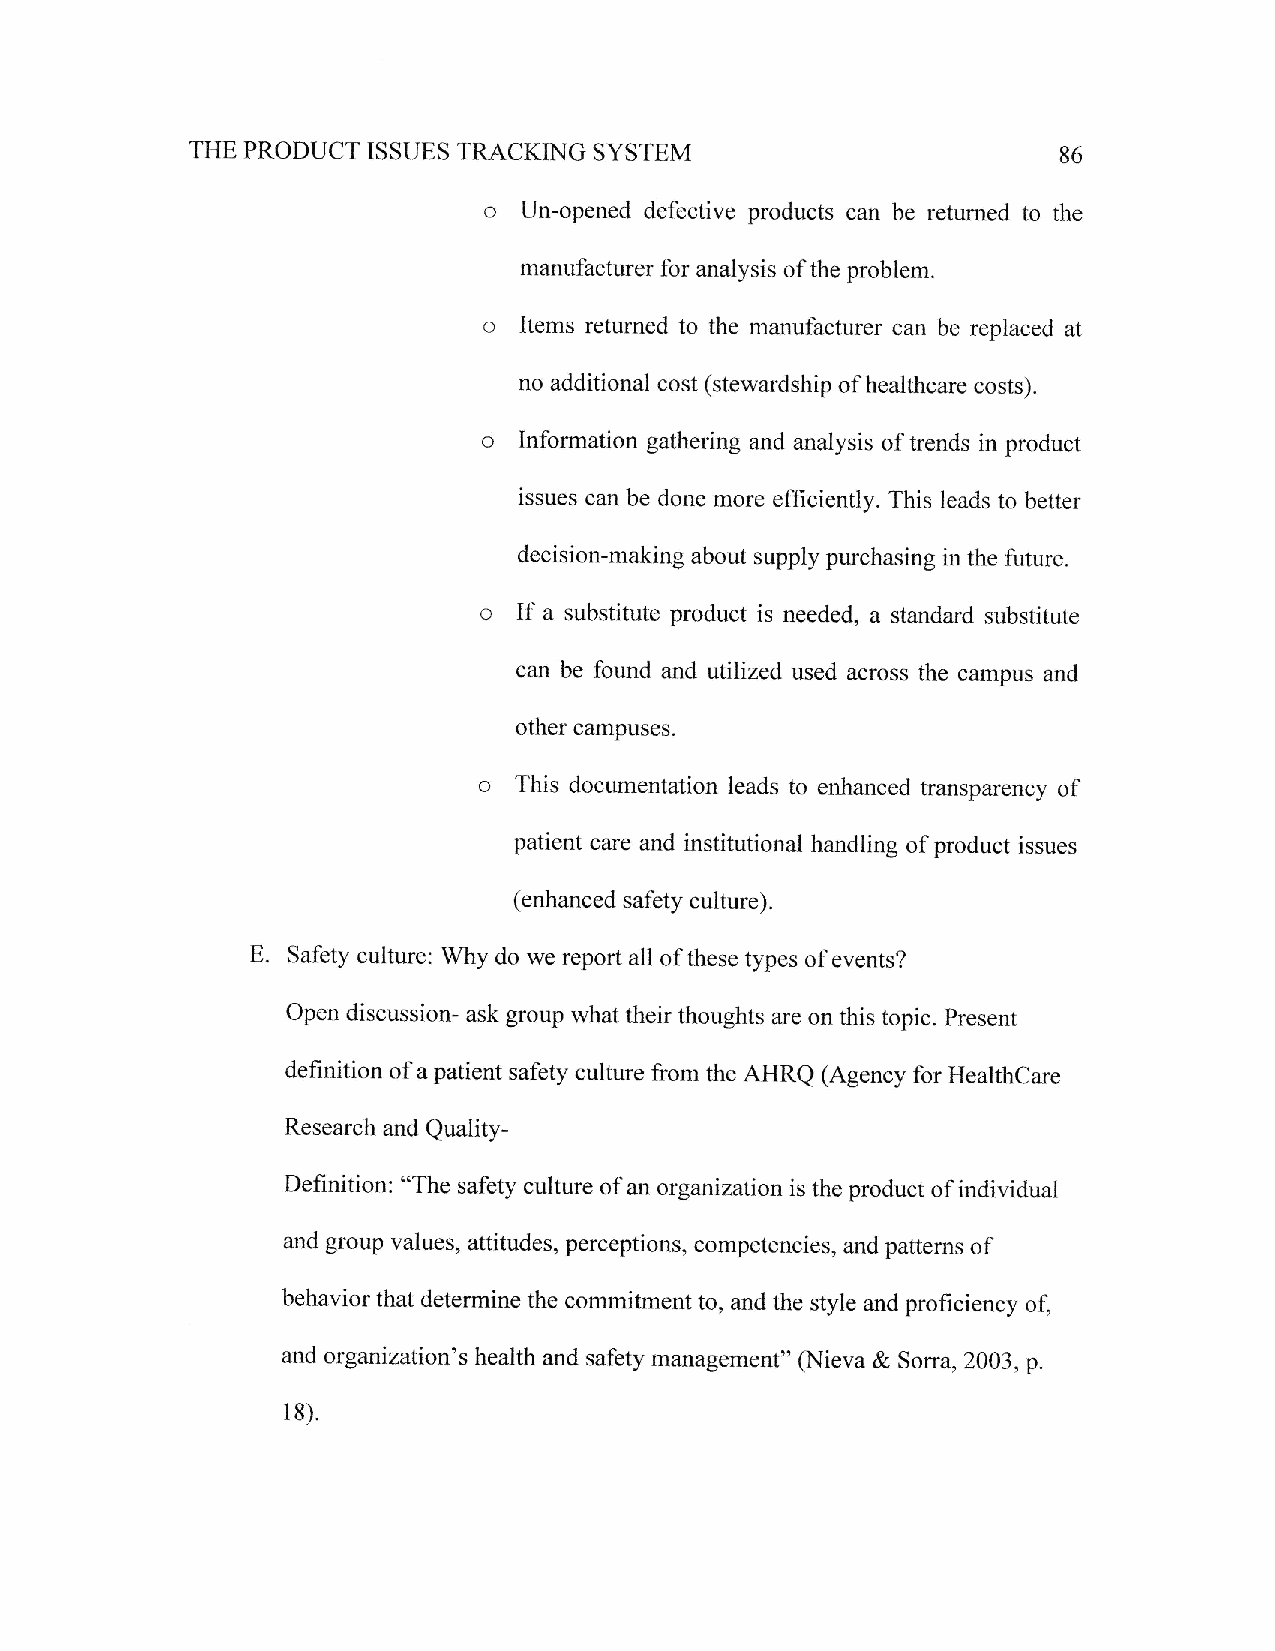
THE PRODUCT ISST]ES TRACKING SYSTEM                      86
 o
 un-opened defective products can be returned to the
 manufacturer fbr analysis of the problem.
 o
 Items returned to the manufacturer can be replaced at
 no additional cost (stewardship of healthcare costs).
 o
 Inforrnation gathering and analysis of trends in product
 issues can be done more efficiently. This leads to better
 decision-making about supply purchasing in the future.
 o If a substitute product is needed, a standard substitute
 can be found and utilized used across the campus and
 other campuses.
 o
 This documentation leads to enhanced transparency of
 patient care and institutional handling of product issues
 (enhanced safety culture).
 E. safety culture: why do we report all of these types of events?
 Open discussion- ask group what their thoughts are on this topic. Present
 definition of a patient safety culture from the AHRQ (Agency for HealthCare
 Research and Quality-
 Definition: "The safety culture of an organization is the product of individual
 and group values, attitudes, perceptions, competencies, and patterns of
 behavior that determine the commitment to, and the style and proficiency of,
 and organization's health and safety management" fir{ieva & Sorra, 2003, p.
 I 8).